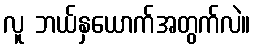
လူ ဘယ်နှယောက်အတွက်လဲ။